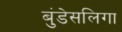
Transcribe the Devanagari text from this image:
बुंडेसलिगा